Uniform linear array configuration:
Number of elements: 4
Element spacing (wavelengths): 1
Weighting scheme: kaiser
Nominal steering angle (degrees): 60
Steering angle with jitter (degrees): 59.667
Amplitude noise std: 0.05
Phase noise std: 0.05

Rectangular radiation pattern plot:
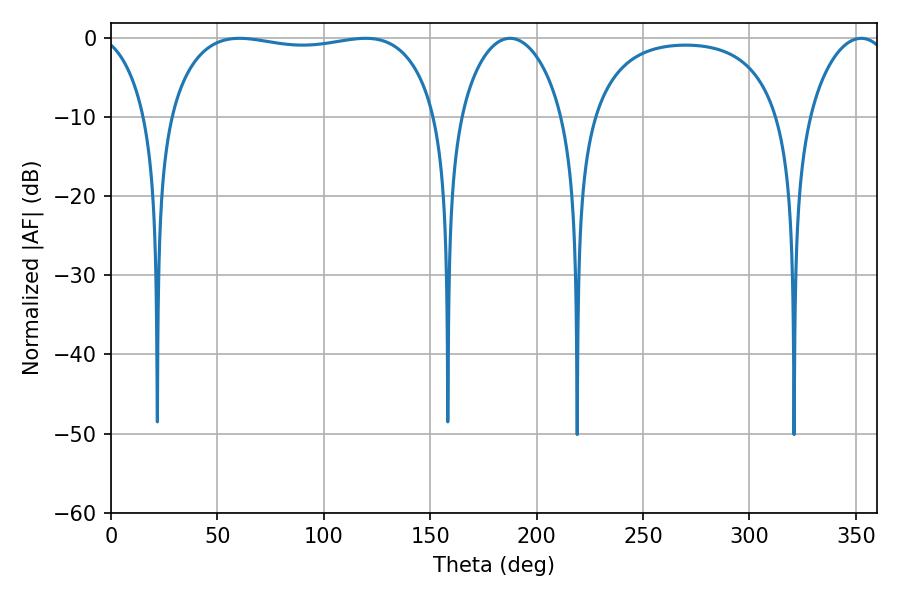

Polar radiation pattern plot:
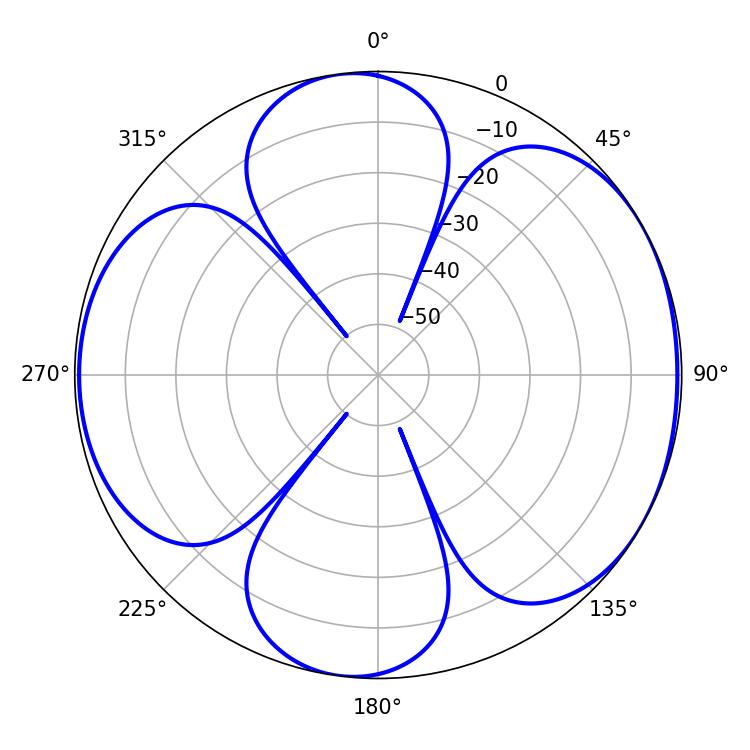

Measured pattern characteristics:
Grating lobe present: TRUE
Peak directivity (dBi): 5.97
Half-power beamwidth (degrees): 101.52
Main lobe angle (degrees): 60.3